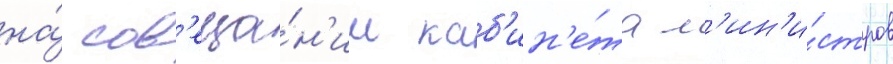
на́ сов'еща́н'ии каб'ин'е́та м'ин'и́стров